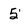
Character: 5